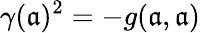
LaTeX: \gamma(\mathfrak{a})^{2}=-g(\mathfrak{a},\mathfrak{a})